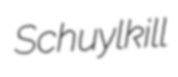
Schuylkill